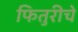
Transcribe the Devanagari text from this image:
फितुरीचे